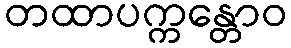
တထာပက္ကန္တောဝ